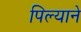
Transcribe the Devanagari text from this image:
पिल्याने